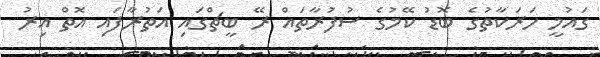
ގައުމީ ހަރަކާތުގެ ބޮޑު ކޭމުގެ ސުފުރާތައް ރޭ ބީޗްގައި އަތުރާފައި އޮތް އިރު